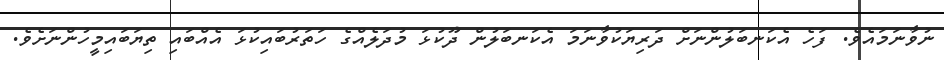
ނުވާނަމައެވެ. ފަހެ އެކަނބަލުންނަށް ދަރިޔަކުވާނަމަ އެކަނބަލުން ދޫކުޅަ މުދަލެއްގެ ހަތަރުބައިކުޅަ އެއްބައި ތިޔަބައިމީހުންނަށެވެ.